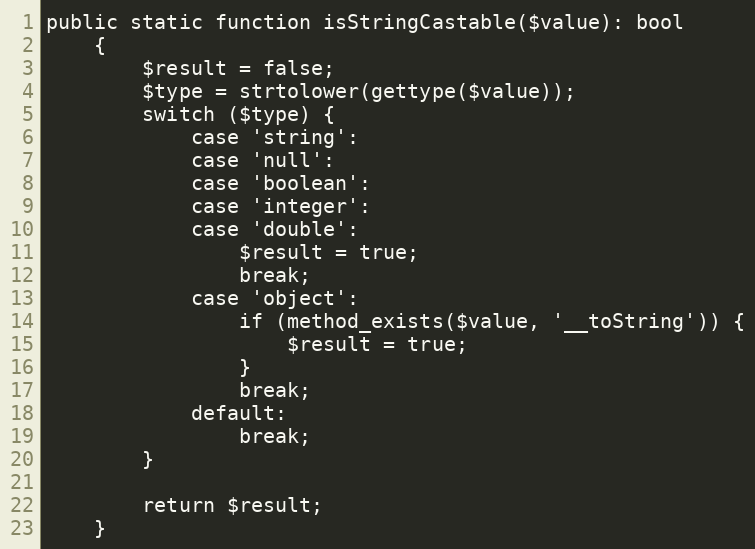
Language: PHP
public static function isStringCastable($value): bool
    {
        $result = false;
        $type = strtolower(gettype($value));
        switch ($type) {
            case 'string':
            case 'null':
            case 'boolean':
            case 'integer':
            case 'double':
                $result = true;
                break;
            case 'object':
                if (method_exists($value, '__toString')) {
                    $result = true;
                }
                break;
            default:
                break;
        }

        return $result;
    }